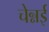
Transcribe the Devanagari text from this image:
चेन्नर्इ